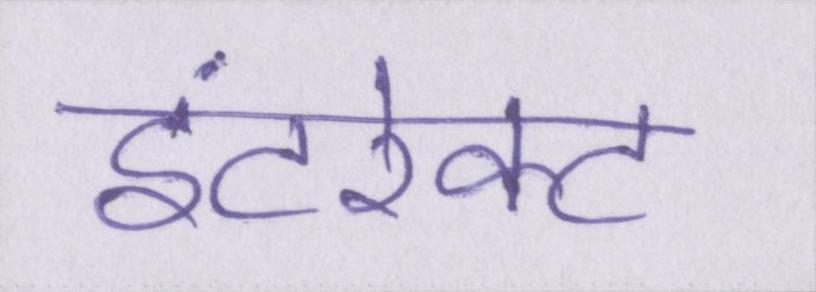
इंटरेक्ट